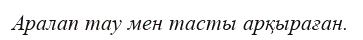
Аралап тау мен тасты арқыраған.